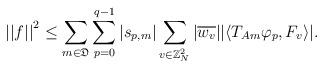
LaTeX: \begin{align*} {||f||}^2\leq \displaystyle \sum_{m \in \mathfrak{D}} \displaystyle \sum_{p=0}^{q-1} |s_{p,m}| \displaystyle \sum_{v \in \mathbb{Z}_N^2} |\overline{w_{v}}||\langle{T_{Am} \varphi_p, F_{v}} \rangle|. \end{align*}